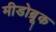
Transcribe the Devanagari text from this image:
मीडोब्रूक